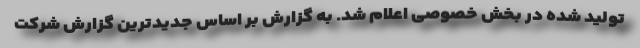
تولید شده در بخش خصوصی اعلام شد. به گزارش بر اساس جدیدترین گزارش شرکت